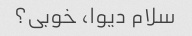
سلام دیوا، خوبی؟